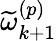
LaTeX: \widetilde{\omega}_{k+1}^{\left(p\right)}